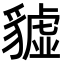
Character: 𧴆